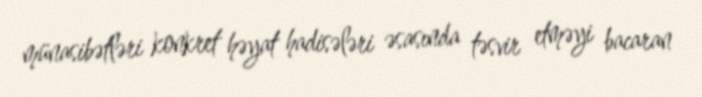
münasibətləri konkret həyat hadisələri əsasında təsvir etməyi bacaran